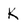
Character: K